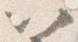
以